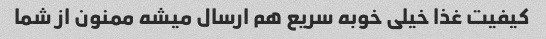
کیفیت غذا خیلی خوبه سریع هم ارسال میشه ممنون از شما